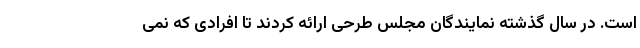
است. در سال گذشته نمایندگان مجلس طرحی ارائه کردند تا افرادی که نمی